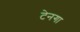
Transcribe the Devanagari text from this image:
टेनगा